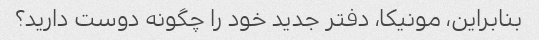
بنابراین، مونیکا، دفتر جدید خود را چگونه دوست دارید؟